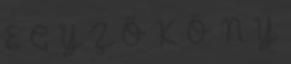
E G Y Z Ő K Ö N Y